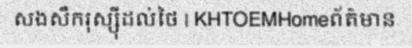
សងសឹករុស្ស៊ីដល់ថៃ | KHTOEMHomeព័ត៌មាន